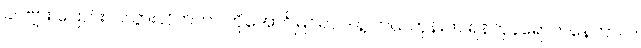
ခင်ဗျား ပြောင်းလဲသွားလိုက်တာ ကိုအောင်မြင်ရာ ဒါနဲ့ ဘယ်တုန်းက ရန်ကုန်ရောက်နေတာလဲ